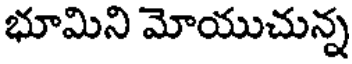
భూమిని మోయుచున్న